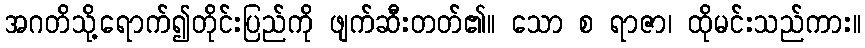
အဂတိသို့ရောက်၍တိုင်းပြည်ကို ဖျက်ဆီးတတ်၏။ သော စ ရာဇာ၊ ထိုမင်းသည်ကား။